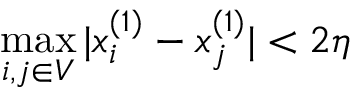
\operatorname* { m a x } _ { i , j \in V } | x _ { i } ^ { ( 1 ) } - x _ { j } ^ { ( 1 ) } | < 2 \eta